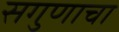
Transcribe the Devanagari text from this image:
सगुणाचा